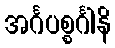
အင်္ဂပစ္စင်္ဂါနိ